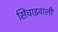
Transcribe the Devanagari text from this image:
सिंचाइवाली